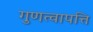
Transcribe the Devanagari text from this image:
गुणत्वापत्ति